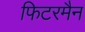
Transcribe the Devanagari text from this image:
फिटरमैन